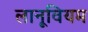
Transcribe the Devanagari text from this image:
लानूवियम